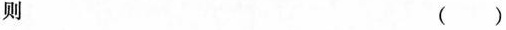
则 ( )